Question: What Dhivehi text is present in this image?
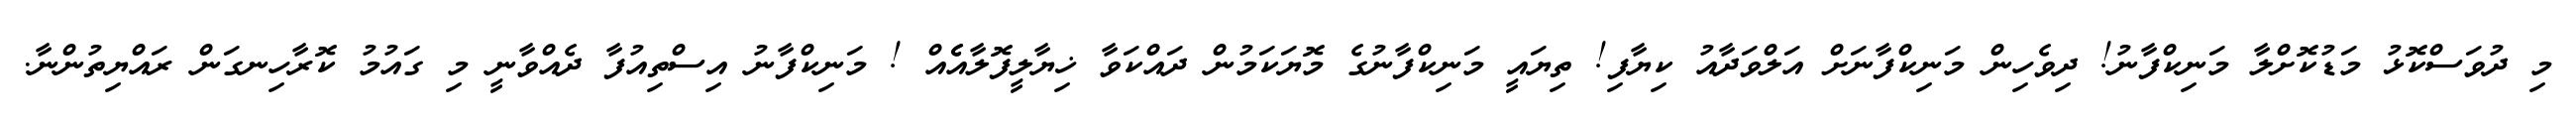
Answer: މި ދުވަސްކޮޅު މަޑުކޮށްލާ މަނިކްފާނު! ދިވެހިން މަނިކްފާނަށް އަލްވަދާއު ކިޔާފި! ތިޔައީ މަނިކްފާނުގެ މޮޔަކަމުން ދައްކަވާ ޚިޔާލީފޮލާއެެއް ! މަނިކްފާނު އިސްތިއުފާ ދެއްވާނީ މި ގައުމު ކޮރާހިނގަން ރައްޔިތުންނާ.